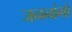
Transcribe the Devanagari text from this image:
जननांगो